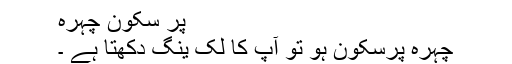
پر سکون چہرہ
چہرہ پرسکون ہو تو آپ کا لُک ینگ دکھتا ہے ۔